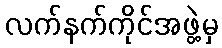
လက်နက်ကိုင်အဖွဲ့မှ